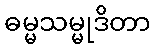
ဓမ္မသမ္မုဒိတာ